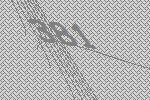
381